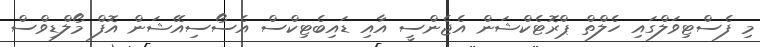
މި ފެސްޓިވަލްގައި ހެލްތް ޕްރޮޓެކްޝަން އެޖެންސީ އާއި ޑައިބެޓިކްސް އެސޯސިއޭޝަން އޮފް މޯލްޑިވްސް